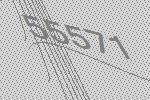
55571